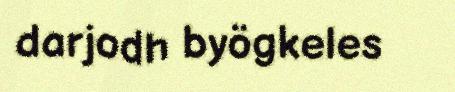
darjodh byögkeles